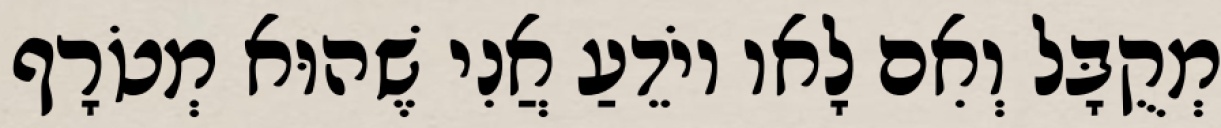
מְקֻבָּל וְאִם לָאו יוֹדֵעַ אֲנִי שֶׁהוּא מְטֹרָף